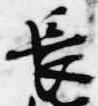
長